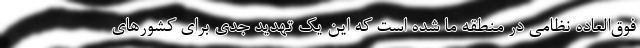
فوق‌العاده نظامی در منطقه ما شده است که این یک تهدید جدی برای کشورهای